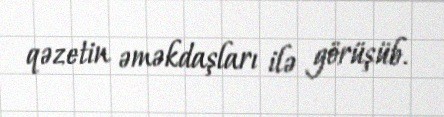
qəzetin əməkdaşları ilə görüşüb.